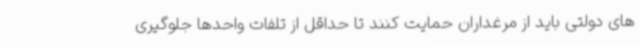
های دولتی باید از مرغداران حمایت کنند تا حداقل از تلفات واحدها جلوگیری